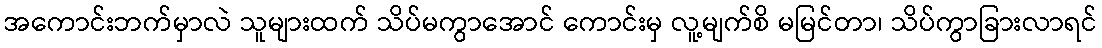
အကောင်းဘက်မှာလဲ သူများထက် သိပ်မကွာအောင် ကောင်းမှ လူ့မျက်စိ မမြင်တာ၊ သိပ်ကွာခြားလာရင်